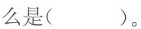
么是( )。